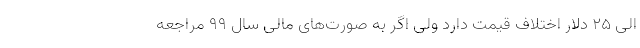
الی ۲۵ دلار اختلاف قیمت دارد ولی اگر به صورت‌های مالی سال ۹۹ مراجعه